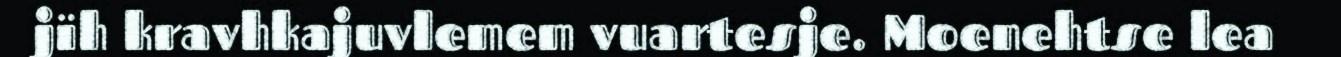
jïh kravhkajuvlemem vuartesje. Moenehtse lea